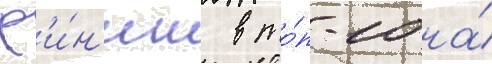
ф'и́н'иш в то́п-10 на́